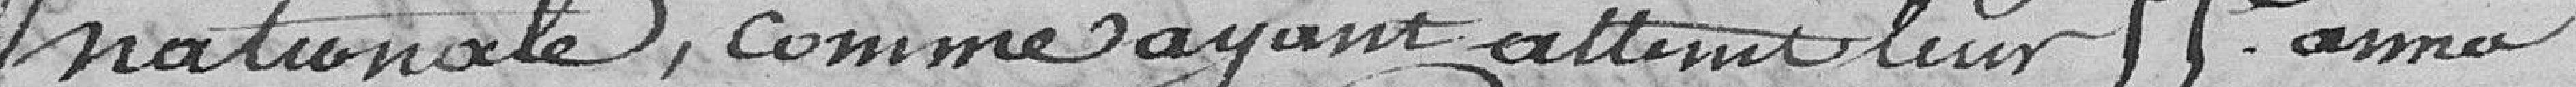
nationale, comme ayant atteint leur 55° année ;